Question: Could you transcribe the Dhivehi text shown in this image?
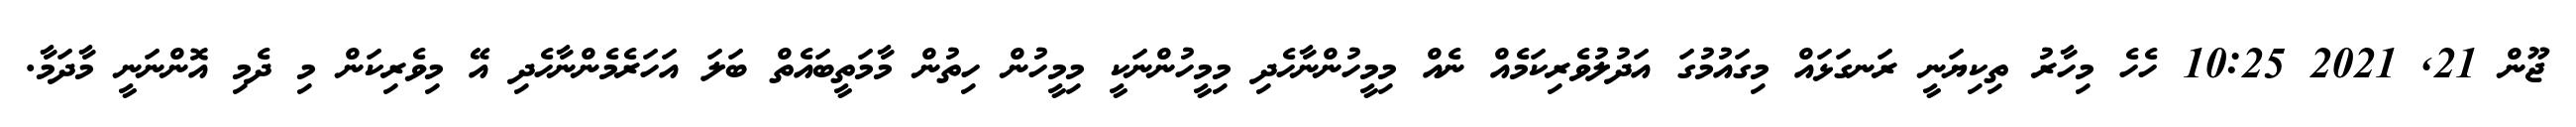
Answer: ޖޫން 21, 2021 10:25 ހެހެ މިހާރު ތިކިޔަނީ ރަނގަޅައް މިގައުމުގަ އަދުލުވެރިކަމެއް ނެއް މިމީހުންނާހެދި މިމީހުންނަކީ މިމީހުން ހިތުން މާމަތީބައެތް ބަލަ އަހަރެމެންނާހެދި އޭ މިވެރިކަން މި ދެމި އޮންނަނީ މާދަމާ.